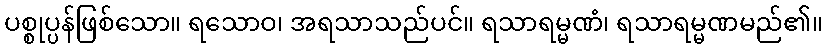
ပစ္စုပ္ပန်ဖြစ်သော။ ရသောဝ၊ အရသာသည်ပင်။ ရသာရမ္မဏံ၊ ရသာရမ္မဏမည်၏။